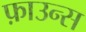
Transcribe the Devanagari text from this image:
फ़ाउन्स